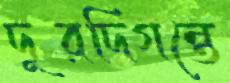
দূরদিগন্তে